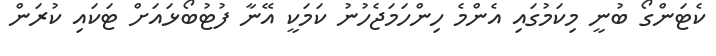
ކެޓަންގޯ ބުނީ މިކަމުގައި އެންމެ ހިންހަމަޖެހުނު ކަމަކީ އޭނާ ފުޓުބޯޅައަށް ޓަކައި ކުރަން